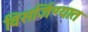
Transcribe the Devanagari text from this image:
विसर्जिण्यात